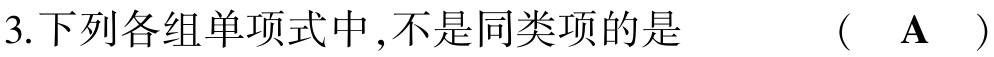
3.下列各组单项式中,不是同类项的是  (  $\mathbf{A}$  )